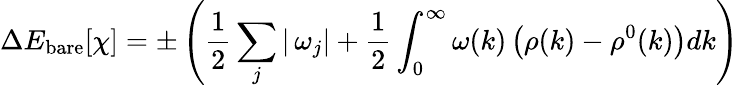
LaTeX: \Delta E_{\mathrm{bare}}[\chi]=\pm\left(\frac{1}{2}\sum_{j}|\, \omega_{j}|+\frac{1}{2}\int_{0}^{\infty}\omega(k)\left(\rho(k)-\rho^{0}(k)\right)dk\right)